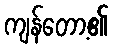
ကျန်တော့၏